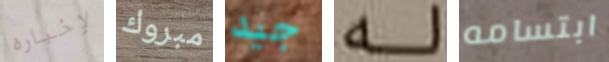
لإخباره مبروك جيد له ابتسامه